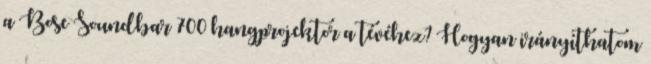
a Bose Soundbar 700 hangprojektor a tévéhez? Hogyan irányíthatom